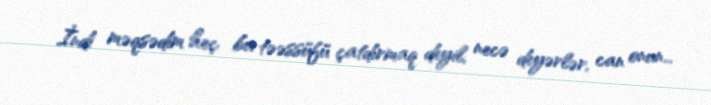
İndi məqsədim heç bu təəssüfü çatdırmaq deyil, necə deyərlər, can onun...